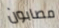
مصابون